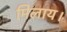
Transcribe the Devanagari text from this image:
मिलाय।